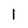
Character: l